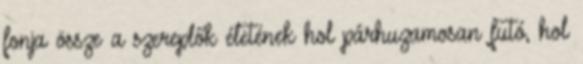
fonja össze a szereplők életének hol párhuzamosan futó, hol